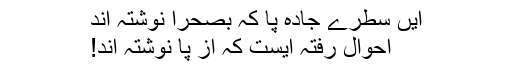
ایں سطرے جادہ پا کہ بصحرا نوشتہ اند
احوالِ رفتہ ایست کہ از پا نوشتہ اند!